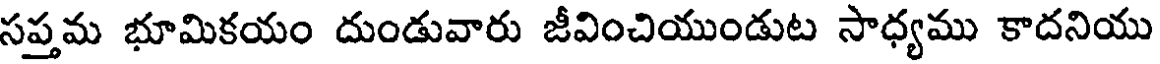
సప్తమ భూమికయం దుండువారు జీవించియుండుట సాధ్యము కాదనియు